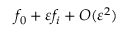
f _ { 0 } + \varepsilon f _ { i } + O ( \varepsilon ^ { 2 } )